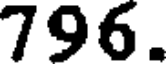
796.